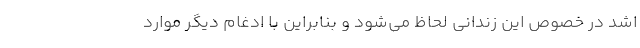
اشد در خصوص این زندانی لحاظ می‌شود و بنابراین با ادغام دیگر موارد